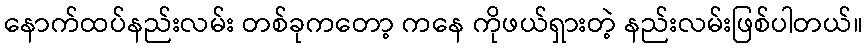
နောက်ထပ်နည်းလမ်း တစ်ခုကတော့ ကနေ ကိုဖယ်ရှားတဲ့ နည်းလမ်းဖြစ်ပါတယ်။